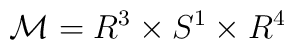
{\cal M} =  R^3 \times S^1 \times R^4